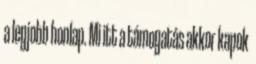
a legjobb honlap. Mi itt a támogatás akkor kapok